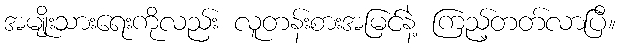
အမျိုးသားရေးကိုလည်း လူတန်းစားအမြင်နဲ့ ကြည့်တတ်လာပြီ။